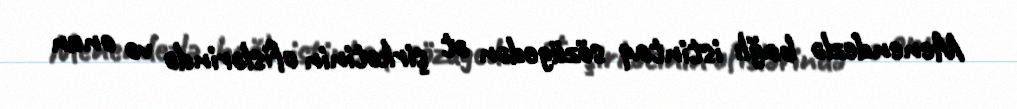
Menendezlə bağlı istintaq sözügedən ət şirkətinin ofislərində və onun